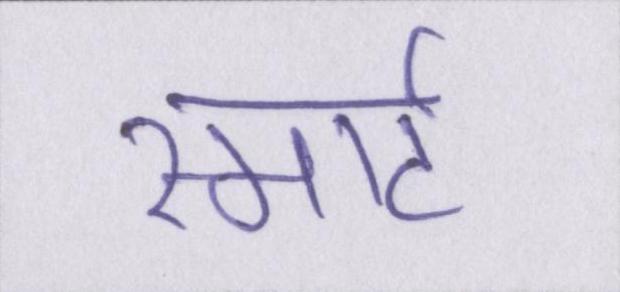
स्मार्ट